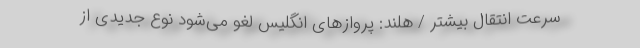
سرعت انتقال بیشتر / هلند: پروازهای انگلیس لغو می‌شود نوع جدیدی از